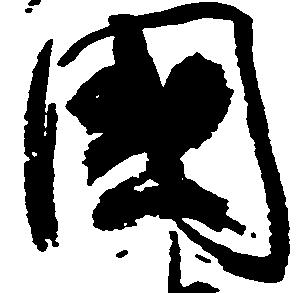
国